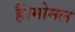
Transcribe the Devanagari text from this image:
हैं।मोमल